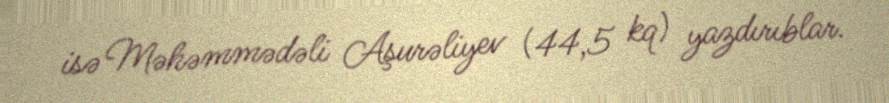
isə Məhəmmədəli Aşurəliyev (44,5 kq) yazdırıblar.